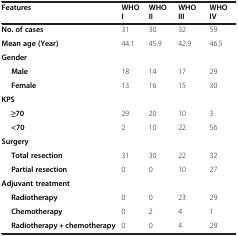
| Features | WHO I | WHO II | WHO III | WHO IV |
 | --- | --- | --- | --- | --- |
 | No. of cases | 31 | 30 | 32 | 59 |
 | Mean age (Year) | 44.1 | 45.9 | 42.9 | 46.5 |
 | Gender |  |  |  |  |
 | Male | 18 | 14 | 17 | 29 |
 | Female | 13 | 16 | 15 | 30 |
 | KPS |  |  |  |  |
 | ≥70 | 29 | 20 | 10 | 3 |
 | <70 | 2 | 10 | 22 | 56 |
 | Surgery |  |  |  |  |
 | Total resection | 31 | 30 | 22 | 32 |
 | Partial resection | 0 | 0 | 10 | 27 |
 | Adjuvant treatment |  |  |  |  |
 | Radiotherapy | 0 | 0 | 23 | 29 |
 | Chemotherapy | 0 | 2 | 4 | 1 |
 | Radiotherapy + chemotherapy | 0 | 0 | 4 | 29 |